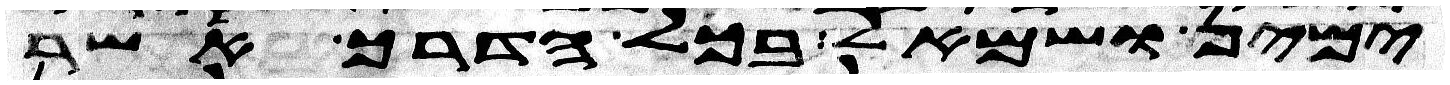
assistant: ימין ושמאל בכל הדרך אשר